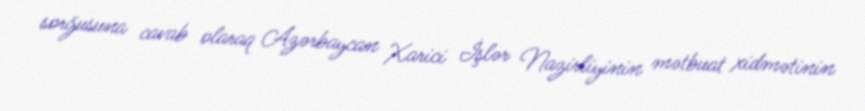
sorğusuna cavab olaraq Azərbaycan Xarici İşlər Nazirliyinin mətbuat xidmətinin